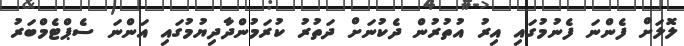
ލޮލަށް ފެންނަ ފެނުމުގައި އިރު އުތުރުން ދެކުނަށް ދަތުރު ކުރަމުންދާދިޔުމުގައި އަންނަ ސެޕްޓެމްބަރު